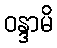
ဝန္ဒာမိ